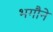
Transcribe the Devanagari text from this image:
भगौने